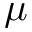
\mu